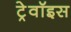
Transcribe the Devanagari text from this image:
ट्रेवॉइस